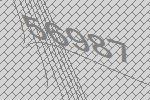
56987